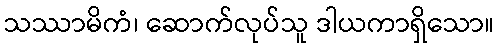
သဿာမိကံ၊ ဆောက်လုပ်သူ ဒါယကာရှိသော။